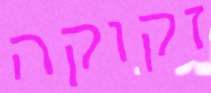
זקוקה